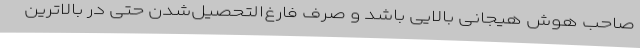
صاحب هوش هیجانی بالایی باشد و صرف فارغ‌التحصیل‌شدن حتی در بالاترین